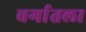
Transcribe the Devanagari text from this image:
वर्गातला